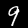
Digit: 9